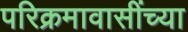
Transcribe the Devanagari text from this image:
परिक्रमावासींच्या